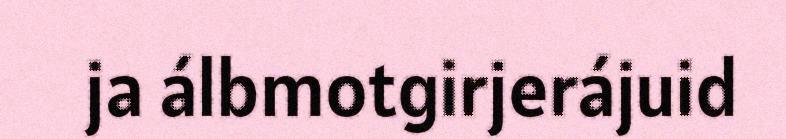
ja álbmotgirjerájuid